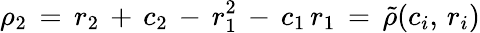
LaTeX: \rho_{2}\, =\, r_{2}\, +\, c_{2}\, -\, r_{1}^{2}\, -\, c_{1}\, r_{1}\, =\, \tilde{\rho}(c_{i},\, r_{i})